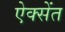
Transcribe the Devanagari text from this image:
ऐक्सेंत